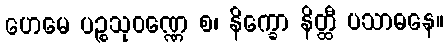
ဟေမေ ပဉ္စသုဝဏ္ဏေ စ၊ နိက္ခော နိတ္ထီ ပသာဓနေ။